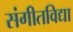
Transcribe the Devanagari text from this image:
संगीतविद्या